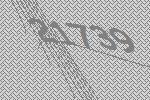
21739